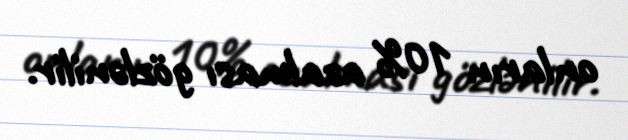
onların 10% azalması gözlənilir.